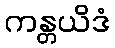
ကန္တယိဒံ